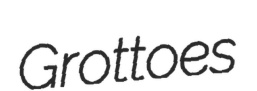
Grottoes